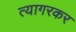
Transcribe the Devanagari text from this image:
त्यागरकर